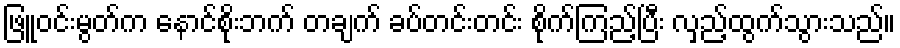
ဖြူဝင်းမွတ်က နောင်စိုးဘက် တချက် ခပ်တင်းတင်း စိုက်ကြည့်ပြီး လှည့်ထွက်သွားသည်။